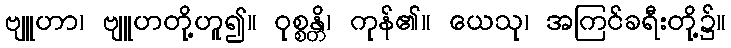
ဗျူဟာ၊ ဗျူဟတို့ဟူ၍။ ဝုစ္စန္တိ၊ ကုန်၏။ ယေသု၊ အကြင်ခရီးတို့၌။